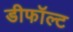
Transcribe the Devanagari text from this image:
डीफॉल्ट